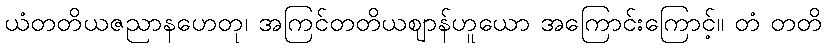
ယံတတိယဇညာနဟေတု၊ အကြင်တတိယဈာန်ဟူယော အကြောင်းကြောင့်။ တံ တတိ